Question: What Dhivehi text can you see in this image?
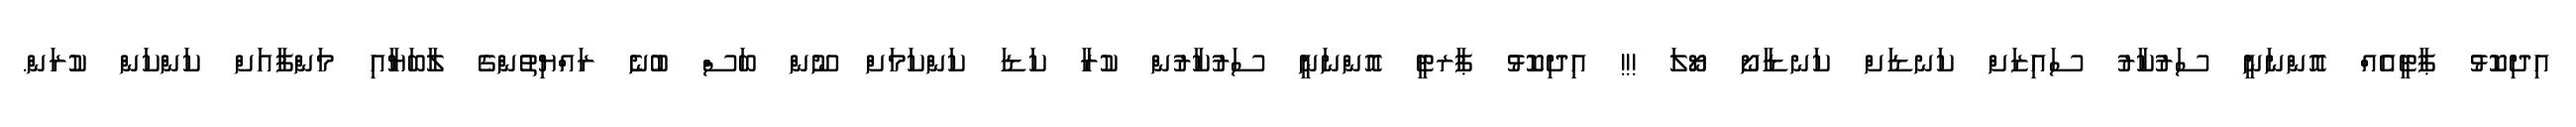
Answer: އިދިކޮޅު ޕާޓީއެއް އޮންނަނީ ސަރުކާރު ސައިޒަށް ކަނޑަށް ކަނޑާށޯ ޔޯލަ !!! އިދިކޮޅު ޕާރޓީ އޮންނަނީ ސަރުކާރުން ކުރާ ކަޑަ ކަންކަމަށް ނޫން ބަސް ބުނެ ރައްޔިތުންގެ ލާބަޔާއި މަންފާއަށް ކަންކަން ކުރަން.